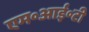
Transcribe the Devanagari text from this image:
एम॰आई॰टी